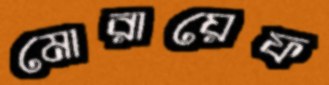
মোরায়েফ